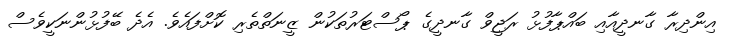
އިންދިރާ ގާނދީއާއި ބައްޕާފުޅު ރަޖީވް ގާނދީގެ ޕޯސްޓަރުތަކުން ޒީނަތްތެރި ކޮށްފައެވެ. އެދެ ބޭފުޅުންނަކީވެސް